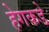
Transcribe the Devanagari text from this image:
हेगकडे